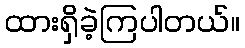
ထားရှိခဲ့ကြပါတယ်။